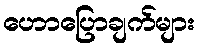
ဟောပြောချက်များ